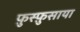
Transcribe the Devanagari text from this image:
फ़ुस्फ़ुसाया